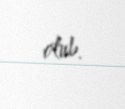
olub.